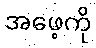
အဖေ့ကို